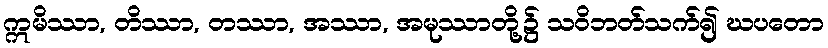
ဣမိဿာ, တိဿာ, တဿာ, အဿာ, အမုဿာတို့၌ သဝိဘတ်သက်၍ ဃပတော